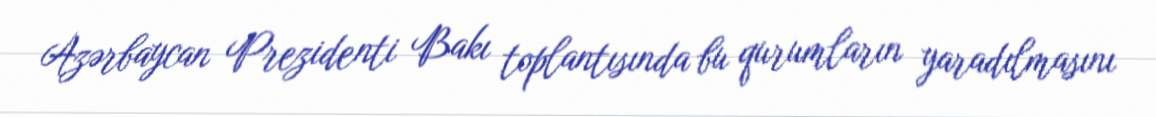
Azərbaycan Prezidenti Bakı toplantısında bu qurumların yaradılmasını